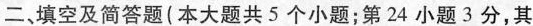
二，填空及简答题(本大题共5个小题；第24小题3分，其